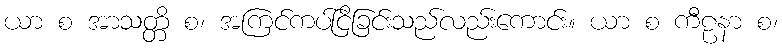
ယာ စ အာသတ္တိ စ၊ အကြင်ကပ်ငြိခြင်းသည်လည်းကောင်း။ ယာ စ ကီဠနာ စ၊